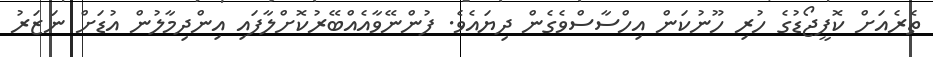
ތެރެއަށް ކޮފީޖޯޑުގެ ހުރި ހޫނުކަން އިހްސާސްވެގެން ދިޔައެވެ. ފުންނޭވާއެއްބޭރުކޮށްލާފައި އިންދިމާލުން އުޑަށް ނަޒަރު